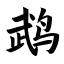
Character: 鹉